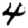
Digit: 4